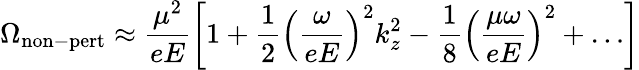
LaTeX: \Omega_{\mathrm{non-pert}}\approx\frac{\mu^{2}}{eE}\left[1+\frac{1}{2}\left(\frac{\omega}{eE}\right)^{2}k_{z}^{2}-\frac{1}{8}\left(\frac{\mu\omega}{eE}\right)^{2}+\dots\right]